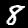
Label: 8